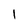
Character: I